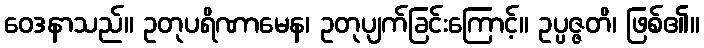
ဝေဒနာသည်။ ဥတုပရိဏာမေန၊ ဥတုပျက်ခြင်းကြောင့်။ ဥပ္ပဇ္ဇတိ၊ ဖြစ်၏။